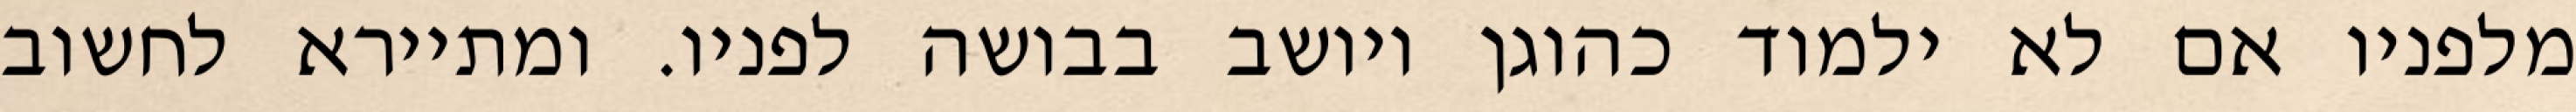
מלפניו אם לא ילמוד כהוגן ויושב בבושה לפניו. ומתיירא לחשוב